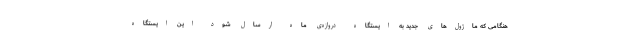
هنگامی که ماژول‌های جدید به ایستگاه دروازه‌ی ماه ارسال شود این ایستگاه